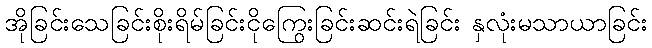
အိုခြင်းသေခြင်းစိုးရိမ်ခြင်းငိုကြွေးခြင်းဆင်းရဲခြင်း နှလုံးမသာယာခြင်း